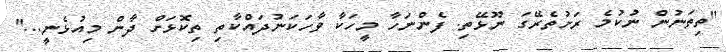
"ތިތަނުން ނުކުމެ ރަށުތެރޭގަ ނޫޅޭތި. ފެންނަހާ މީހަކާ ވާހަކަނުދައްކާތި ތިކޮޅަށް ދާން މިއުޅެނީ..."